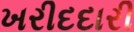
ખરીદદારી